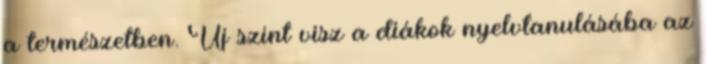
a természetben. Új színt visz a diákok nyelvtanulásába az